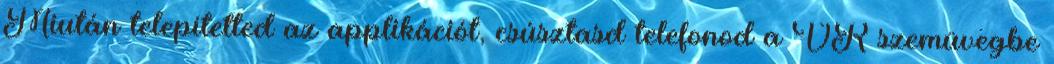
Miután telepítetted az applikációt, csúsztasd telefonod a VR szemüvegbe